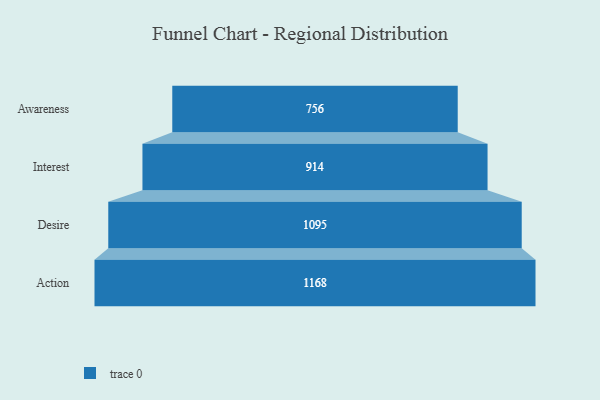
{"axis": {"x": "Stage", "y": "Value"}, "legend": [""], "data": [{"x": "Awareness", "y": 756.0, "type": ""}, {"x": "Interest", "y": 914.0, "type": ""}, {"x": "Desire", "y": 1095.0, "type": ""}, {"x": "Action", "y": 1168.0, "type": ""}]}